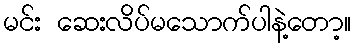
မင်း ဆေးလိပ်မသောက်ပါနဲ့တော့။